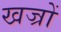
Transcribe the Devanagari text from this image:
खज्रों